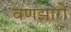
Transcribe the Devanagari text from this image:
वणझारों